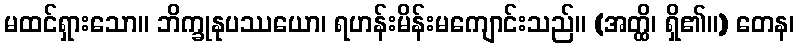
မထင်ရှားသော။ ဘိက္ခုနုပဿယော၊ ရဟန်းမိန်းမကျောင်းသည်။ (အတ္ထိ၊ ရှိ၏။) တေန၊